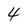
Character: 4